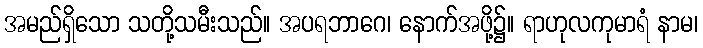
အမည်ရှိသော သတို့သမီးသည်။ အပရဘာဂေ၊ နောက်အဖို့၌။ ရာဟုလကုမာရံ နာမ၊